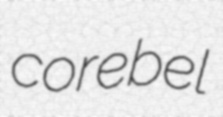
corebel